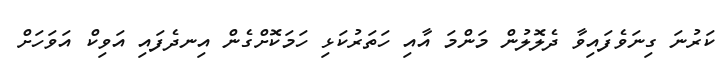
ކަރުނަ ގިނަވެފައިވާ ދެލޮލުން މަންމަ އާއި ހަތަރުކަޅި ހަމަކޮށްގެން އިނދެފައި އަވިކް އަވަހަށް